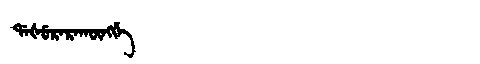
Manchu: ᡩᠠᡧᡠᡵᠠᡵᠠᡴᡡᠩᡤᡝ
Romanization: DAŠURARAKŪNGGE